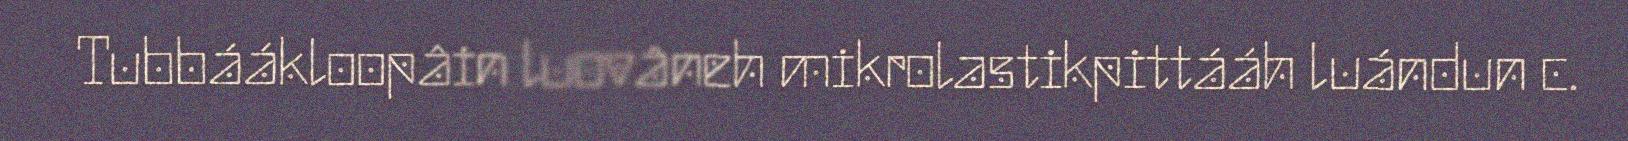
Tubbáákloopâin luovâneh mikrolastikpittááh luándun c.